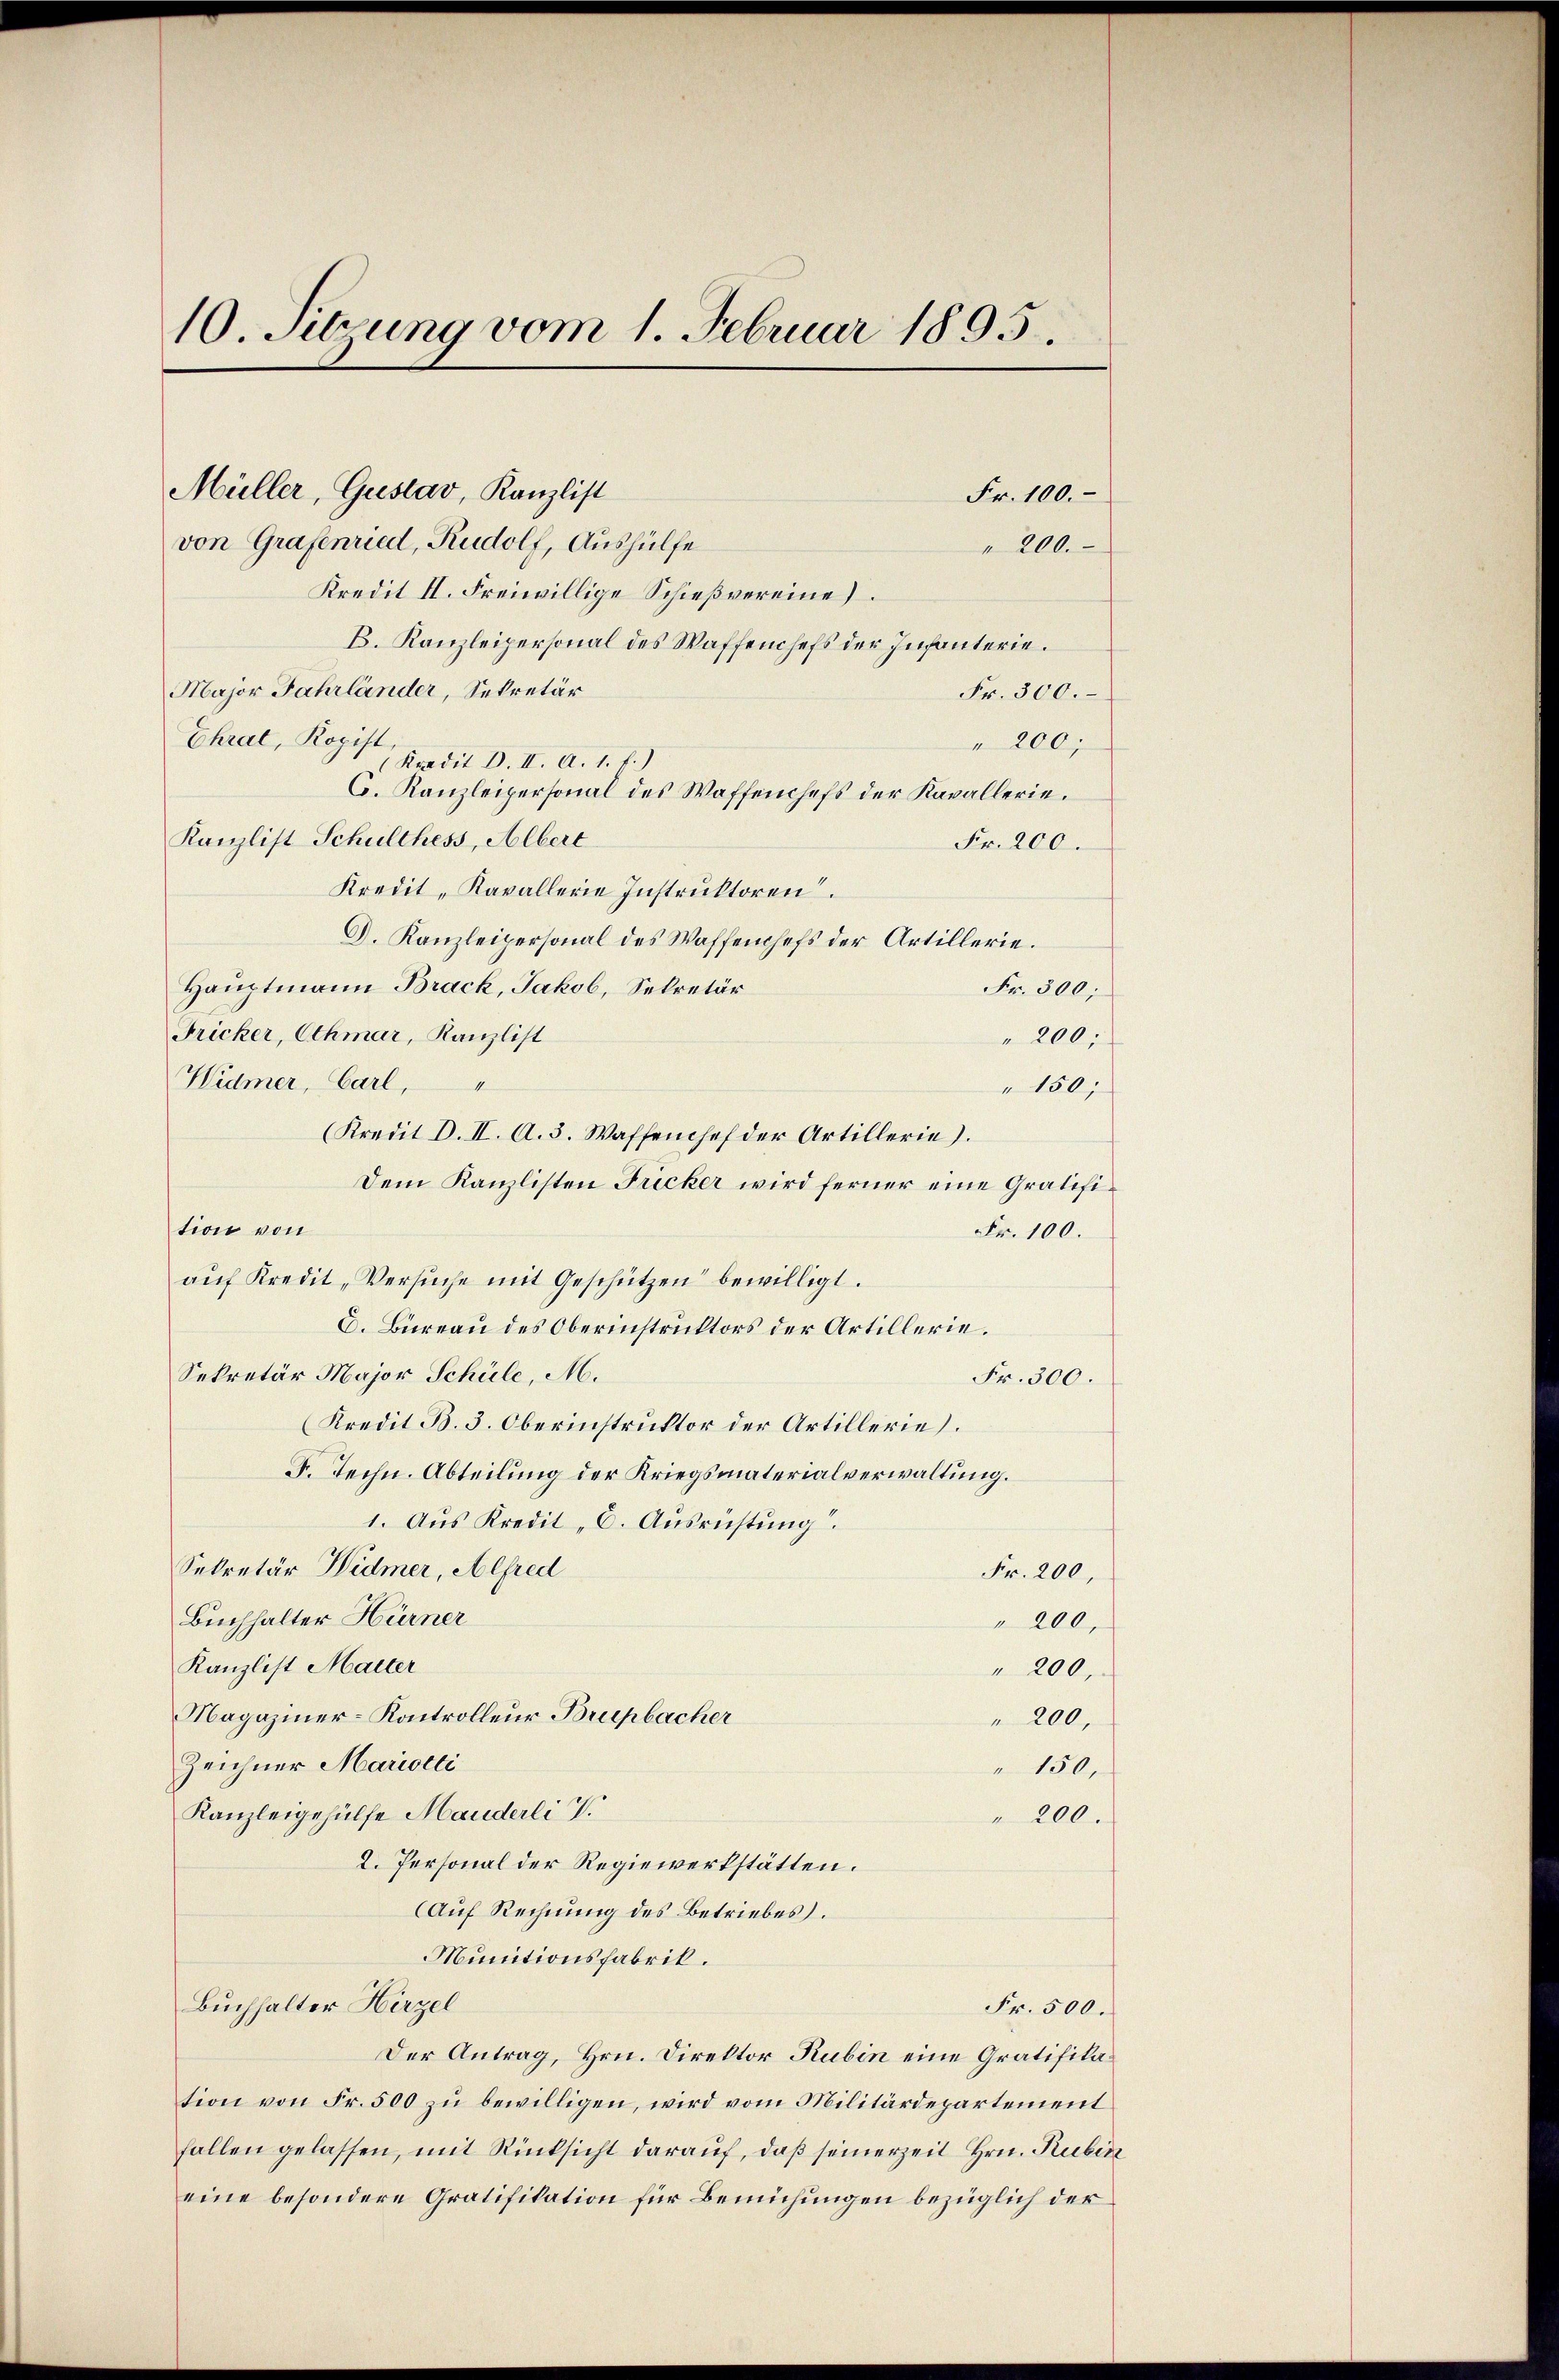
10. Sibung vom 1. Februar 1895.

Müller, Gustav, Kanzlist
von Grafenriedl, Rudolf, Aushülfe
Kredit II. Freiwillige Schießvereine
B. Kanzleipersonal des Waffenchefs der Infanterie.
Major Jahrländer, Sekretär
Fr. 300.
Ehral, Kopist,
" 200;
Kradit d. II. A. 1. f.)
C. Kanzleipersonal des Waffenchefs der Kavallerie.
Kanzlist Schulthess, Albert
Fr. 200.
Kredit, Kavallerie Instruktoren.
D. Kanzleipersonal des Waffenhefs der Artillerie.
Hauptmann Brack, Jakob, Sekretär
Fr. 300;
Fricker, Othmar, Kanzlist
" 200;
Hidmer, Carl,
"150;
(Kredit d. II. A. 3. Waffenhef der Artillerie).
Dem Kanzlisten Fricker wird ferner eine Gratifition von
Fr. 100.
aŭf Kredit, Versŭche mit Geschützen bewilligt.
d. Bureau des Oberinstruktors der Artillerie.
Sekretär Major Schüle, M.
Fr. 300.
Kredit B. 3. Oberinstruktor der Artillerie).
F. Techn. Abteilung der Kriegsmaterialverwaltung.
1. Aus Kredit C. Ausrichtung.
Sekretär Widmer, Alfred
Fr. 200,
Buchhalter Hürner
" 200,
Kanzlist Marter
" 200,
Magaziner-Kontrolleur Brupbacher
" 200,
Zeichner Marieli
" 150,
Kanzleigehülfe Manderli v.
" 200.
2. Personal der Regiewerkstätten.
Auf Rechnung des Betriebes.
Munitionsfabrik.
Buchhalter Hirzel
Fr. 500.
Der Antrag, Hrn. Direktor Rubin eine Gratifikation von Fr. 500 zu bewilligen, wird vom Militärdepartement
fallen gelassen, mit Rücksicht daraŭf, daß seinerzeit Hrn. Rubin
eine besondere Gratifikation für Bemühungen bezüglich der

Fr. 100.
200.